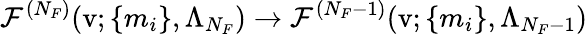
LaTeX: {\cal F}^{(N_{F})}(\mathrm{v};\{ m_{i}\} ,\Lambda_{N_{F}})\rightarrow{\cal F}^{(N_{F}-1)}(\mathrm{v};\{ m_{i}\} ,\Lambda_{N_{F}-1})